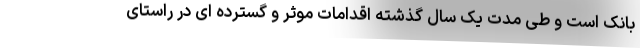
بانک است و طی مدت یک سال گذشته اقدامات موثر و گسترده ای در راستای